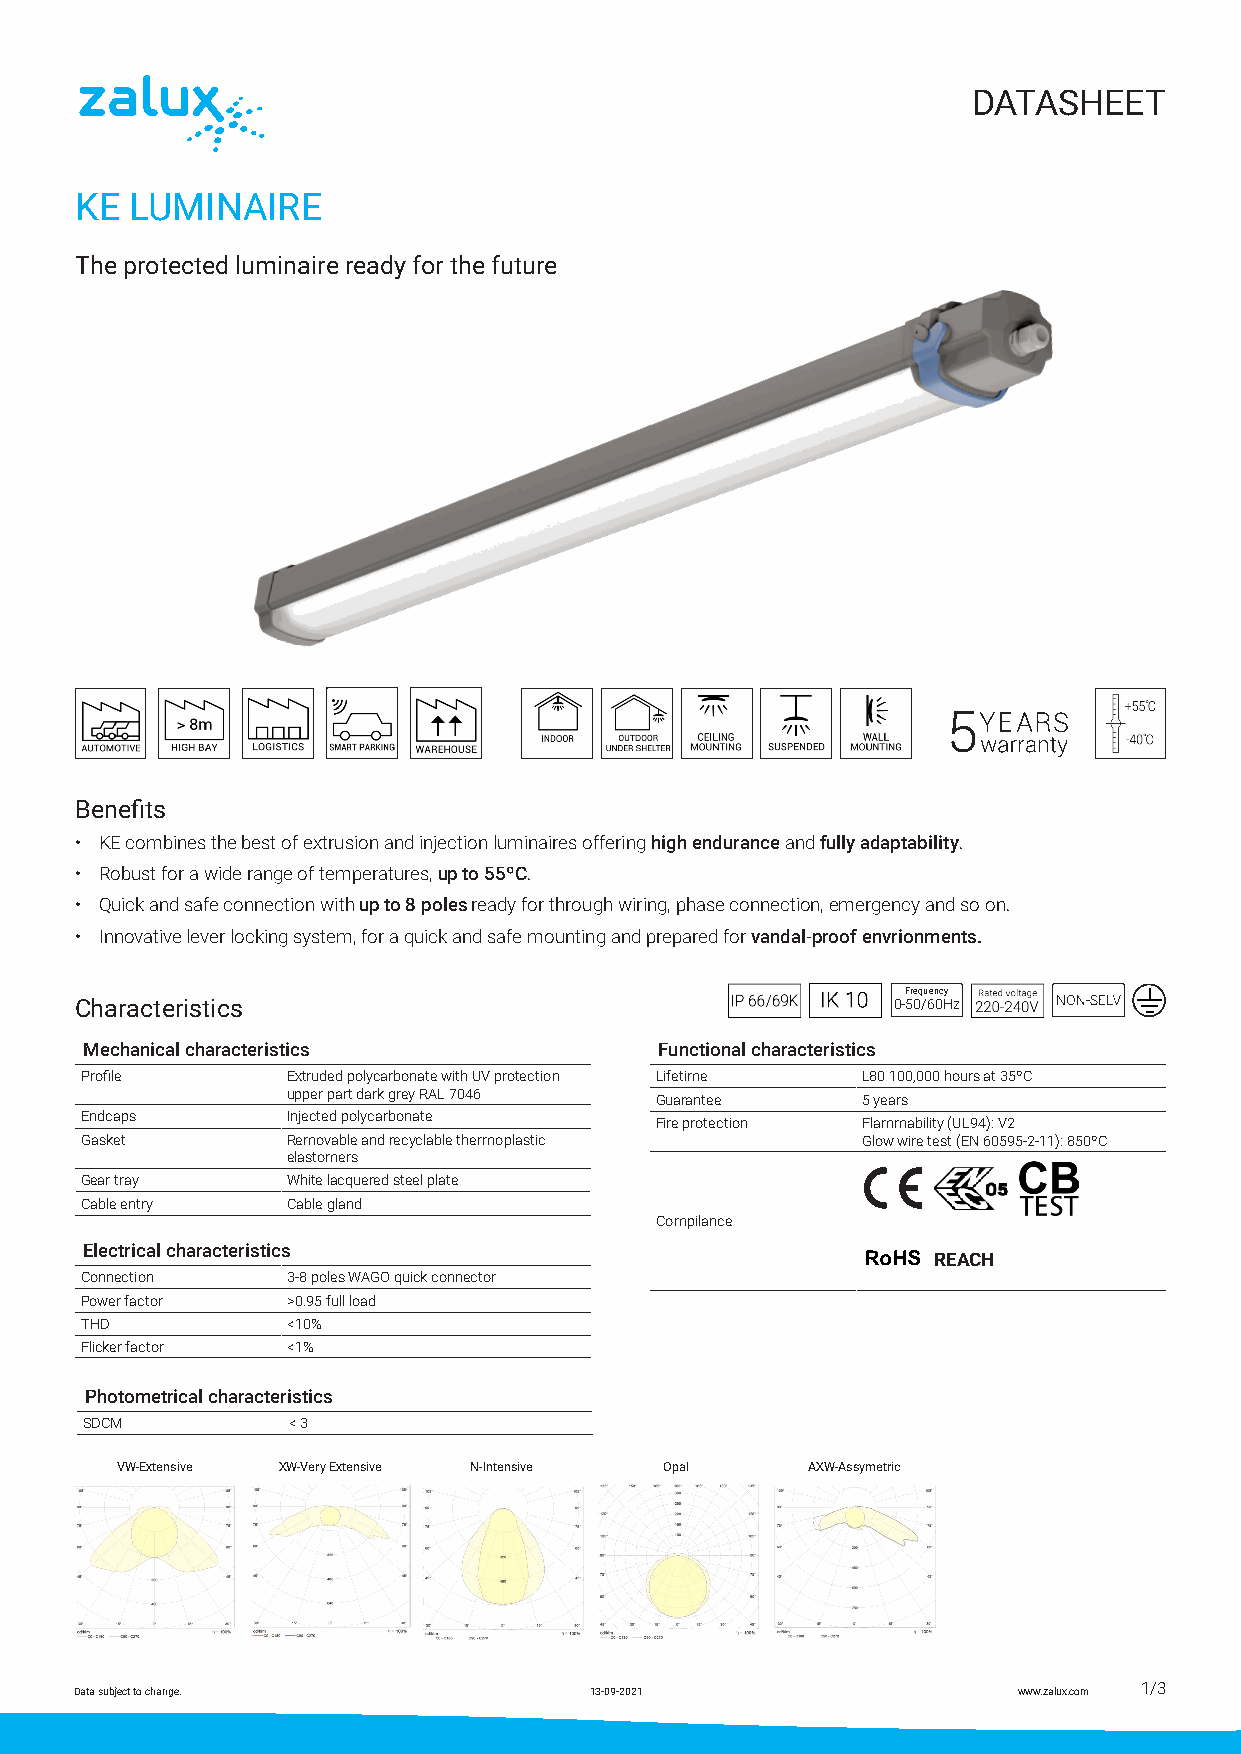
DATASHEET
 KE  LUMINAIRE
 The protected luminaire ready for the future
 Benefits
 • KE combines the best of extrusion and injection luminaires offering high endurance and fully adaptability.
 • Robust for a wide range of temperatures, up to 55ºC.
 • Quick and safe connection with up to 8 poles ready for through wiring, phase connection, emergency and so on.
 • Innovative lever locking system, for a quick and safe mounting and prepared for vandal-proof envrionments.
 Frequency
 Characteristics                                       0-50/60Hz
 Mechanical characteristics            Functional characteristics
 Profile       Extruded polycarbonate with UV protection Lifetime L80 100,000 hours at 35ºC
 upper part dark grey RAL 7046 Guarantee 5 years
 Endcaps       Injected polycarbonate
 Fire protection Flammability (UL94): V2
 Gasket        Removable and recyclable thermoplastic Glow wire test (EN 60595-2-11): 850ºC
 elastomers
 Gear tray     White lacquered steel plate
 Cable entry   Cable gland
 Compilance
 Electrical characteristics
 REACH
 Connection    3-8 poles WAGO quick connector
 Power factor  >0.95 full load
 THD           <10%
 Flicker factor <1%
 Photometrical characteristics
 SDCM          < 3
 VW-Extensive XW-Very Extensive N-Intensive Opal AXW-Assymetric
 Data subject to change.           13-09-2021                  www.zalux.com 1/3